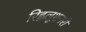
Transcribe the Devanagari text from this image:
रिह्वलूशनरी